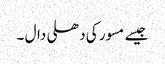
جیسے مسور کی دھلی دال ۔